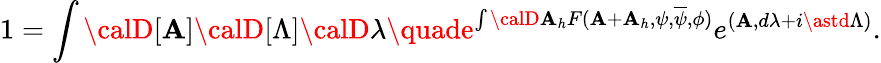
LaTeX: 1=\int{\calD}[\mathbf{A}]{\calD}[\Lambda]{\calD}\lambda\quade^{\int{\calD}\mathbf{A}_{h}F(\mathbf{A}+\mathbf{A}_{h},\psi,\overline{{{\psi}}},\phi)}e^{(\mathbf{A},d\lambda+i\astd\Lambda)}.